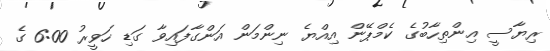
ރިޔާސީ އިންތިހާބުގެ ކެމްޕޭން އިއްޔެ ނިންމަން އަންގާފައިވާ ގަޑި ހަވީރު 6:00 ގެ